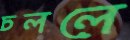
চললে